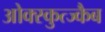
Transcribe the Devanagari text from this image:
ओक्स्कुत्ज्कैब